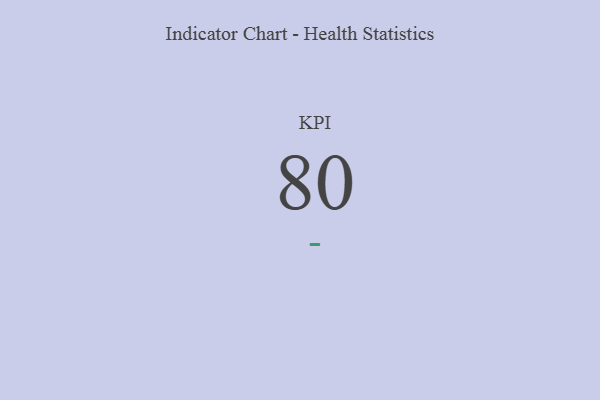
{"axis": {"x": "KPI", "y": "Value"}, "legend": [""], "data": [{"x": "KPI", "y": 80, "type": ""}]}